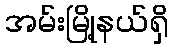
အမ်းမြို့နယ်ရှိ